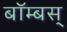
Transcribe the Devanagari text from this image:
बॉम्बस्